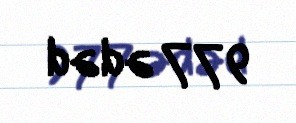
977 ədəd